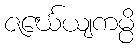
ဇင်္ဃေယျကမ္ပိ